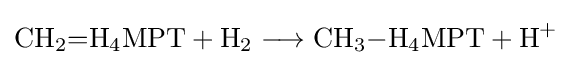
{\mathrm {CH} {\vphantom {A}}_{\smash[{t}]{2}}{=}\mathrm {H} {\vphantom {A}}_{\smash[{t}]{4}}\mathrm {MPT} {}+{}\mathrm {H} {\vphantom {A}}_{\smash[{t}]{2}}{}\mathrel {\longrightarrow } {}\mathrm {CH} {\vphantom {A}}_{\smash[{t}]{3}}{-}\mathrm {H} {\vphantom {A}}_{\smash[{t}]{4}}\mathrm {MPT} {}+{}\mathrm {H} {\vphantom {A}}^{+}}